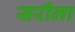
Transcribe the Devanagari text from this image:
सरीला